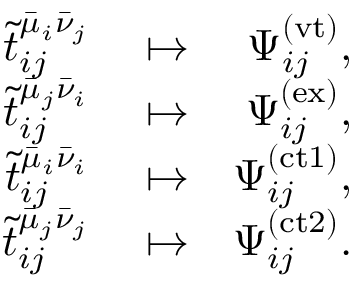
\begin{array} { r l r } { \tilde { t } _ { i j } ^ { \bar { \mu } _ { i } \bar { \nu } _ { j } } } & { { } \mapsto } & { \Psi _ { i j } ^ { ( \mathrm { v t } ) } , } \\ { \tilde { t } _ { i j } ^ { \bar { \mu } _ { j } \bar { \nu } _ { i } } } & { { } \mapsto } & { \Psi _ { i j } ^ { ( \mathrm { e x } ) } , } \\ { \tilde { t } _ { i j } ^ { \bar { \mu } _ { i } \bar { \nu } _ { i } } } & { { } \mapsto } & { \Psi _ { i j } ^ { ( \mathrm { c t 1 } ) } , } \\ { \tilde { t } _ { i j } ^ { \bar { \mu } _ { j } \bar { \nu } _ { j } } } & { { } \mapsto } & { \Psi _ { i j } ^ { ( \mathrm { c t 2 } ) } . } \end{array}